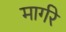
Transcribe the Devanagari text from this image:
मार्गरे